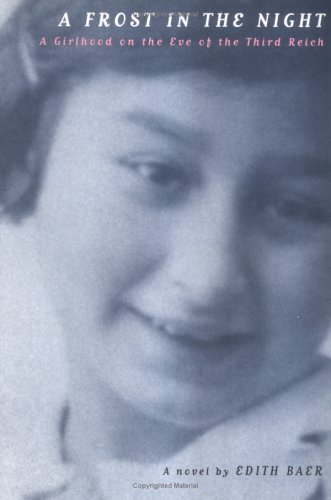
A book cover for A Frost in the Night; Edith Baer; Teen & Young Adult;